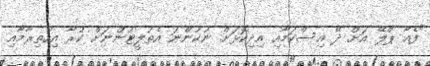
"ފެއާ ޕްލޭ އަށް ދޭ އިސްކަމާއި އިދިކޮޅަށް ނުކުންނަ އެތުލީޓުންނަށް ކުރާ އިހުތިރާމާއި